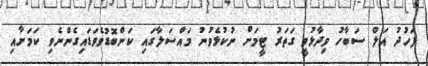
ފަހުދު އަލް ސަބާހު ވިދާޅުވީ ގަތަރު ޓީމަށް ނުކުޅެވުނު މައްސަލާގައި ކަންބޮޑުވެވަޑައިގެންނެވި ކަމަށާއި